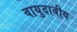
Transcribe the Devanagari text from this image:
वायुदाबीय